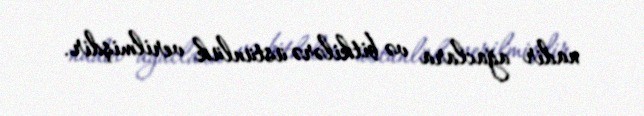
nadir ağaclara və bitkilərə üstünlük verilmişdir.